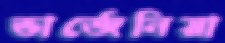
ভার্জেনিয়া